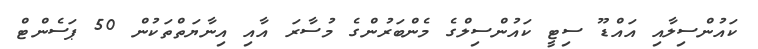
ކައުންސިލާއި އައްޑޫ ސިޓީ ކައުންސިލްގެ މެންބަރުންގެ މުސާރަ އާއި އިނާޔަތްތަކުން 50 ޕަސެންޓް